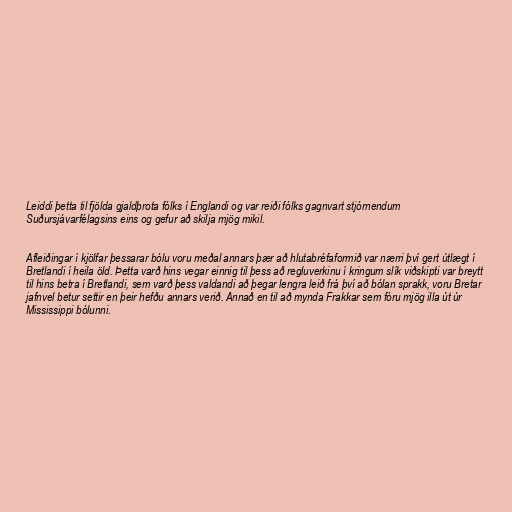
Leiddi þetta til fjölda gjaldþrota fólks í Englandi og var reiði fólks gagnvart stjórnendum
Suðursjávarfélagsins eins og gefur að skilja mjög mikil.

Afleiðingar í kjölfar þessarar bólu voru meðal annars þær að hlutabréfaformið var nærri því gert útlægt í
Bretlandi í heila öld. Þetta varð hins vegar einnig til þess að regluverkinu í kringum slík viðskipti var breytt
til hins betra í Bretlandi, sem varð þess valdandi að þegar lengra leið frá því að bólan sprakk, voru Bretar
jafnvel betur settir en þeir hefðu annars verið. Annað en til að mynda Frakkar sem fóru mjög illa út úr
Mississippi bólunni.